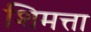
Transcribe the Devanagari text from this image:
शिमत्ता